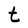
Character: t